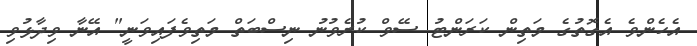
އެހެންވެ އެގޮތުގެ މަތިން ކަރަންޓު ސޭވް ކުރެވުނު ނިސްބަތް މަތިވެފައިވަނީ" އޭނާ ވިދާޅުވި